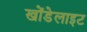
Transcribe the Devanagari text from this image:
खोंडेलाइट